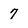
Character: 7